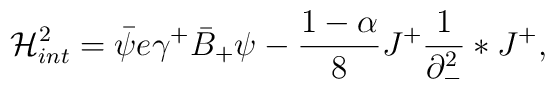
{\cal H}_{int}^{2} = \bar{\psi} e \gamma^{+}\bar{B}_{+}\psi  - \frac{1 - \alpha}{8} J^{+}\frac{1}{\partial_{-}^2} \ast J^{+},